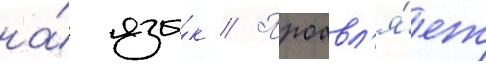
на́ язы́к // Проавл'я́ет